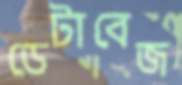
ডেটাবেজ